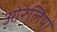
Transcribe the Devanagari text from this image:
ओरेलियां